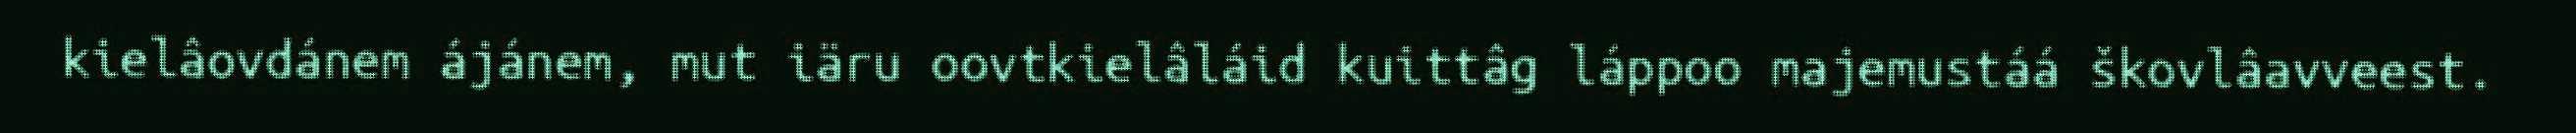
kielâovdánem ájánem, mut iäru oovtkielâláid kuittâg láppoo majemustáá škovlâavveest.